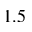
1 . 5